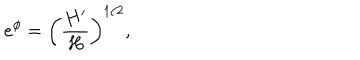
e ^ { \phi } = \left( \frac { H ^ { \prime } } { H } \right) ^ { 1 / 2 } ,